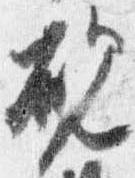
硯